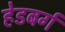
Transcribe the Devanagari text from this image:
हेडबर्ग